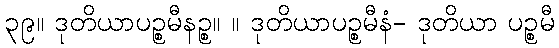
၃၉။ ဒုတိယာပဉ္စမီနဉ္စ။ ။ ဒုတိယာပဉ္စမီနံ- ဒုတိယာ ပဉ္စမီ